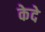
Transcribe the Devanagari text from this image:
केदे